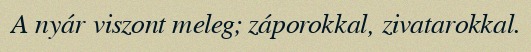
A nyár viszont meleg; záporokkal, zivatarokkal.